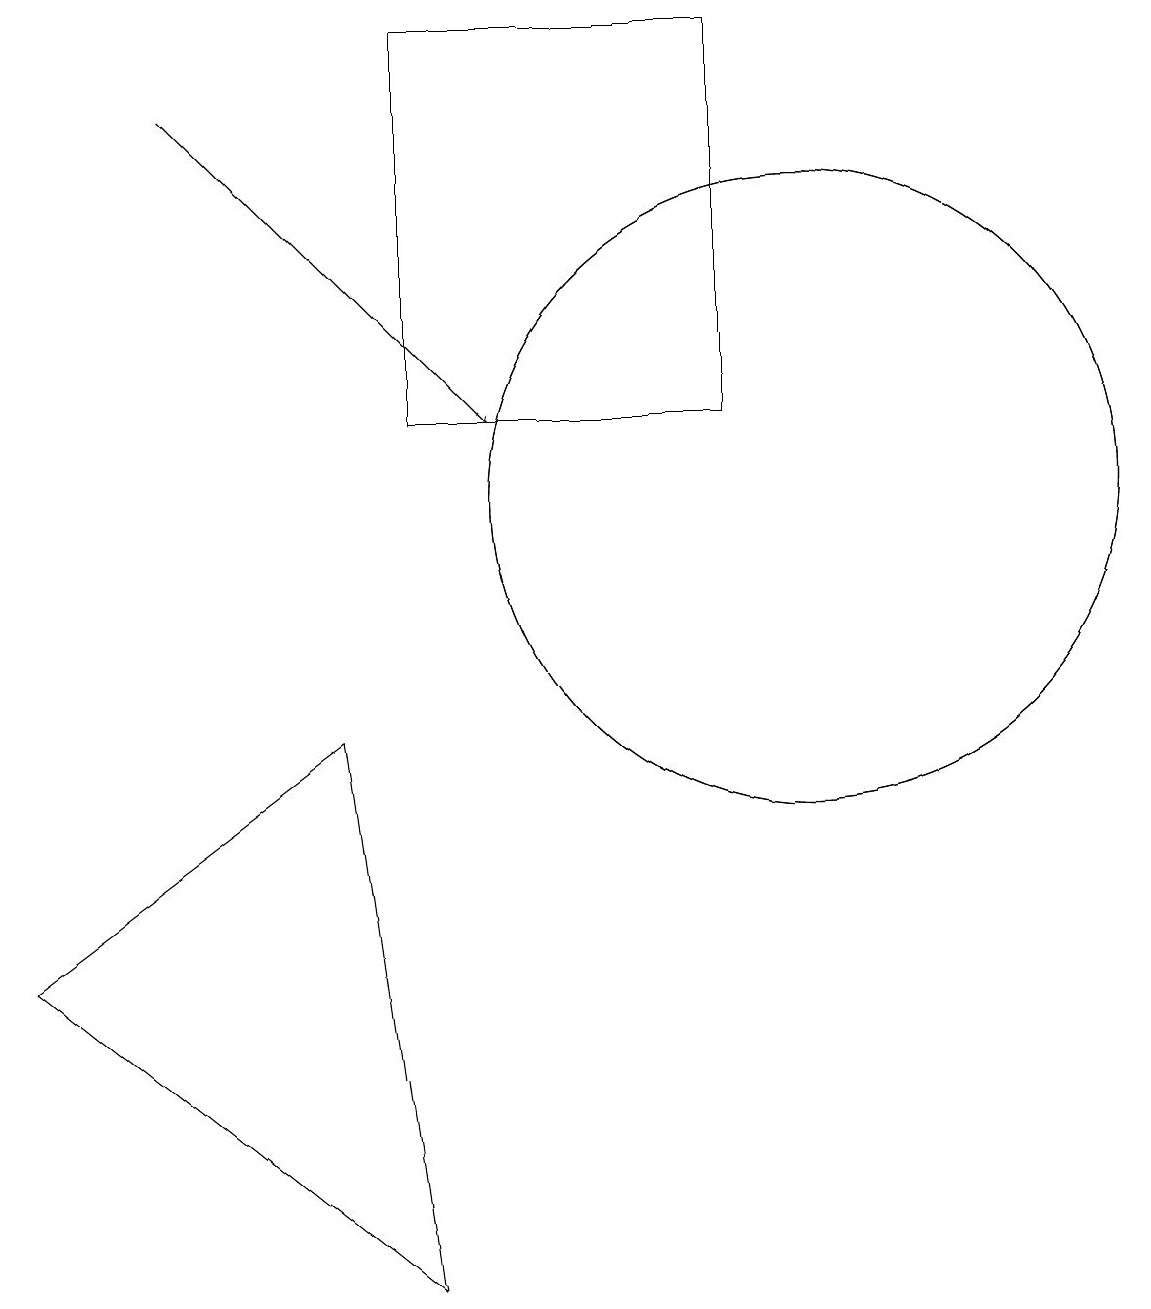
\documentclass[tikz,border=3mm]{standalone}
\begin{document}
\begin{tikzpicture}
\draw (0,5) -- (5,1) -- (4,8) -- cycle;
\draw (10,11) circle (4);
\draw (5,12) rectangle (9,17);
\draw (10,11) circle (4);
\draw[->] (2,16) -- (6,12);
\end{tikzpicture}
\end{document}